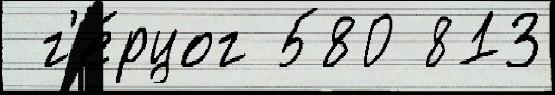
 г'е́рцог 580 813